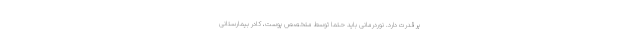
پر قدرت دارد. نوردرمانی باید حتماً توسط متخصص پوست، کادر بیمارستانی